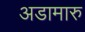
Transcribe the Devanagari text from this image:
अडामारु